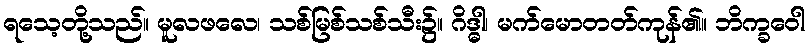
ရသေ့တို့သည်။ မူလဖလေ၊ သစ်မြစ်သစ်သီး၌။ ဂိဒ္ဓါ၊ မက်မောတတ်ကုန်၏။ ဘိက္ခဝေါ